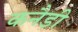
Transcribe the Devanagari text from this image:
कनैडी